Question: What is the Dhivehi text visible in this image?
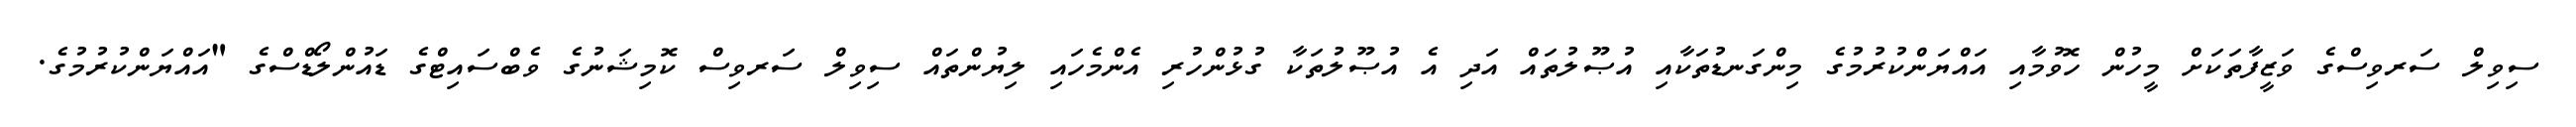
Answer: ސިވިލް ސަރވިސްގެ ވަޒީފާތަކަށް މީހުން ހޮވުމާއި އައްޔަންކުރުމުގެ މިންގަނޑުތަކާއި އުޞޫލުތައް އަދި އެ އުޞޫލުތަކާ ގުޅުންހުރި އެންމެހައި ލިޔުންތައް ސިވިލް ސަރވިސް ކޮމިޝަނުގެ ވެބްސައިޓްގެ ޑައުންލޯޑްސްގެ "އައްޔަންކުރުމުގެ.